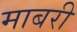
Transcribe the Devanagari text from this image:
माबरी